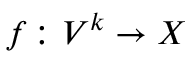
f \colon V ^ { k } \to X